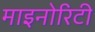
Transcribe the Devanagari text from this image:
माइनोरिटी